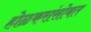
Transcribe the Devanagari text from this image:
होळकरांसोबत